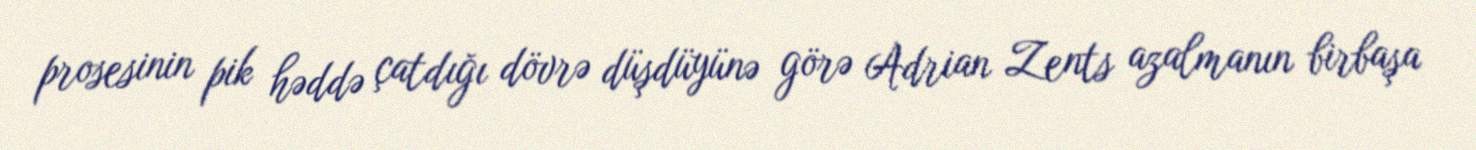
prosesinin pik həddə çatdığı dövrə düşdüyünə görə Adrian Zents azalmanın birbaşa